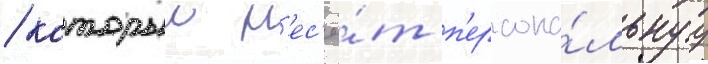
/ которыи н'ес'ё́т п'ерсона́льнуу